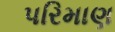
પરિમાણ